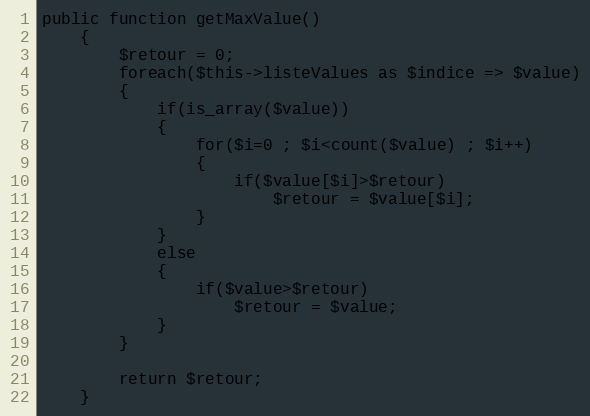
Language: PHP
public function getMaxValue()
	{
		$retour = 0;
		foreach($this->listeValues as $indice => $value)
		{
			if(is_array($value))
			{
				for($i=0 ; $i<count($value) ; $i++)
				{
					if($value[$i]>$retour)
						$retour = $value[$i];
				}
			}
			else
			{
				if($value>$retour)
					$retour = $value;
			}
		}

		return $retour;
	}